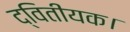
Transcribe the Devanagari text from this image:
द्वितीयक।